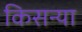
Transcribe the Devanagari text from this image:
किसन्या